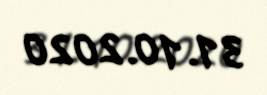
31.10.2020